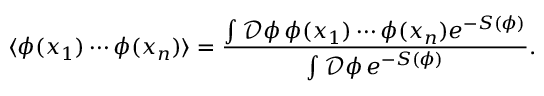
\langle \phi ( x _ { 1 } ) \cdots \phi ( x _ { n } ) \rangle = \frac { \int \mathcal { D } \phi \, \phi ( x _ { 1 } ) \cdots \phi ( x _ { n } ) e ^ { - S ( \phi ) } } { \int \mathcal { D } \phi \, e ^ { - S ( \phi ) } } .